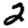
Digit: 2